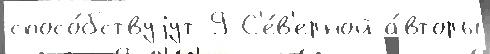
спосо́бствуjут 9 С'е́в'ерной а́вторы